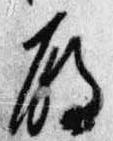
殿